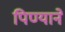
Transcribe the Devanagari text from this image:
पिण्याने